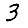
Digit: 3